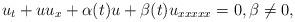
LaTeX: \begin{align*}u_t+uu_x+\alpha(t)u+\beta(t)u_{xxxxx}=0,\beta\neq0,\end{align*}